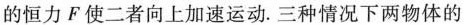
的恒力F使二者向上加速运动. 三种情况下两物体的